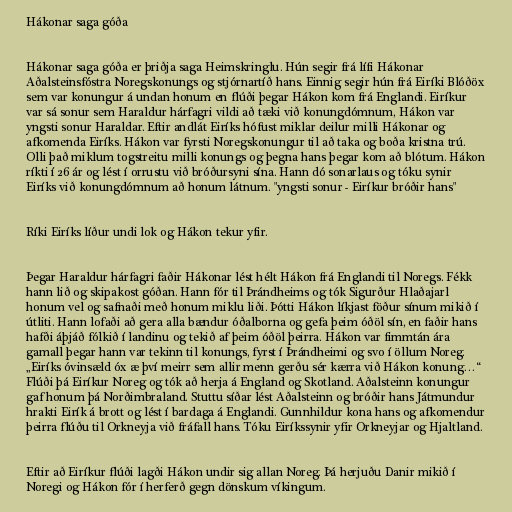
Hákonar saga góða

Hákonar saga góða er þriðja saga Heimskringlu. Hún segir frá lífi Hákonar
Aðalsteinsfóstra Noregskonungs og stjórnartíð hans. Einnig segir hún frá Eiríki Blóðöx
sem var konungur á undan honum en flúði þegar Hákon kom frá Englandi. Eiríkur
var sá sonur sem Haraldur hárfagri vildi að tæki við konungdómnum, Hákon var
yngsti sonur Haraldar. Eftir andlát Eiríks hófust miklar deilur milli Hákonar og
afkomenda Eiríks. Hákon var fyrsti Noregskonungur til að taka og boða kristna trú.
Olli það miklum togstreitu milli konungs og þegna hans þegar kom að blótum. Hákon
ríkti í 26 ár og lést í orrustu við bróðursyni sína. Hann dó sonarlaus og tóku synir
Eiríks við konungdómnum að honum látnum. "yngsti sonur - Eiríkur bróðir hans"

Ríki Eiríks líður undi lok og Hákon tekur yfir.

Þegar Haraldur hárfagri faðir Hákonar lést hélt Hákon frá Englandi til Noregs. Fékk
hann lið og skipakost góðan. Hann fór til Þrándheims og tók Sigurður Hlaðajarl
honum vel og safnaði með honum miklu liði. Þótti Hákon líkjast föður sínum mikið í
útliti. Hann lofaði að gera alla bændur óðalborna og gefa þeim óðöl sín, en faðir hans
hafði áþjáð fólkið í landinu og tekið af þeim óðöl þeirra. Hákon var fimmtán ára
gamall þegar hann var tekinn til konungs, fyrst í Þrándheimi og svo í öllum Noreg.
„Eiríks óvinsæld óx æ því meirr sem allir menn gerðu sér kærra við Hákon konung…“
Flúði þá Eiríkur Noreg og tók að herja á England og Skotland. Aðalsteinn konungur
gaf honum þá Norðimbraland. Stuttu síðar lést Aðalsteinn og bróðir hans Játmundur
hrakti Eirík á brott og lést í bardaga á Englandi. Gunnhildur kona hans og afkomendur
þeirra flúðu til Orkneyja við fráfall hans. Tóku Eiríkssynir yfir Orkneyjar og Hjaltland.

Eftir að Eiríkur flúði lagði Hákon undir sig allan Noreg. Þá herjuðu Danir mikið í
Noregi og Hákon fór í herferð gegn dönskum víkingum.